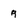
Character: g